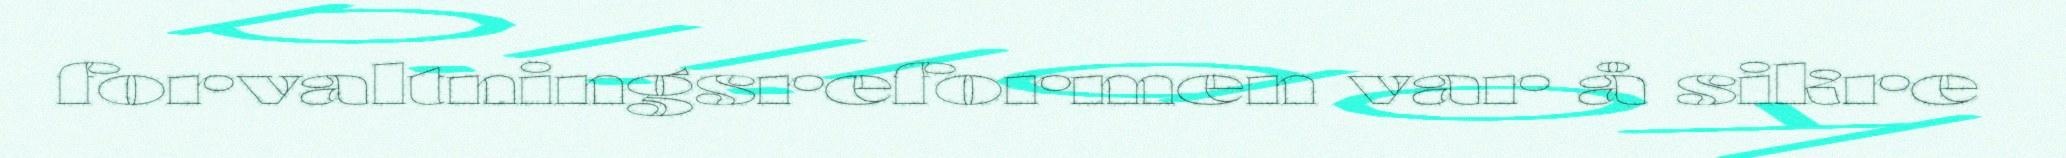
forvaltningsreformen var å sikre